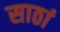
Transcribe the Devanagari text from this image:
साठां